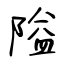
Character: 隘